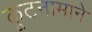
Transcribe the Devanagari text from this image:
कूटनामाने